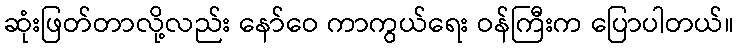
ဆုံးဖြတ်တာလို့လည်း နော်ဝေ ကာကွယ်ရေး ဝန်ကြီးက ပြောပါတယ်။